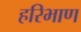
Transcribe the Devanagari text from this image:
हरिभाण